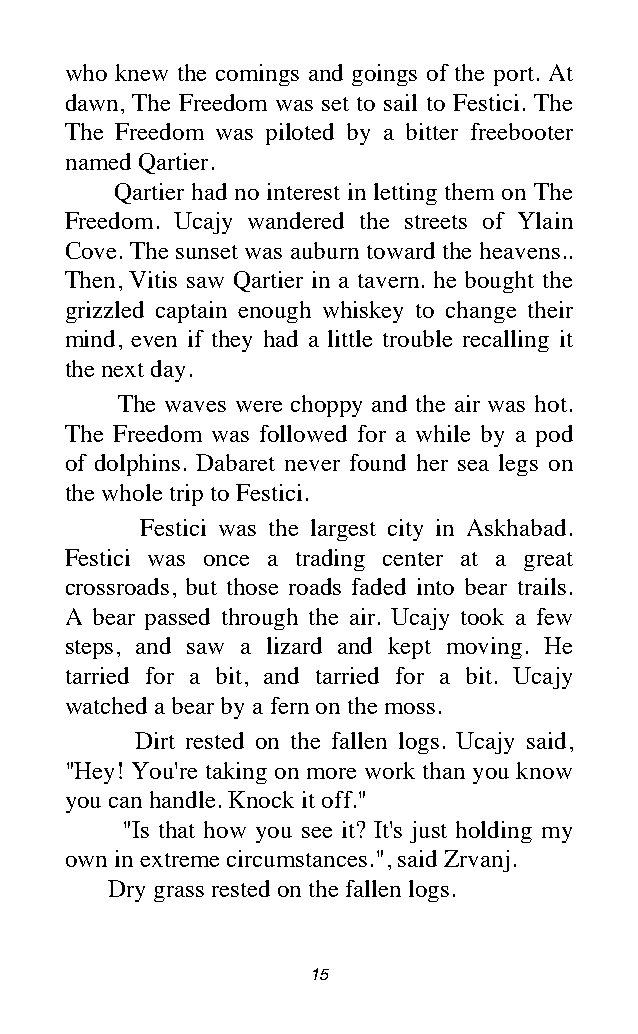
who knew the comings and goings of the port. At
 dawn, The Freedom was set to sail to Festici. The
 The Freedom was piloted by a bitter freebooter
 named Qartier.
 Qartier had no interest in letting them on The
 Freedom. Ucajy wandered the streets of Ylain
 Cove. The sunset was auburn toward the heavens..
 Then, Vitis saw Qartier in a tavern. he bought the
 grizzled captain enough whiskey to change their
 mind, even if they had a little trouble recalling it
 the next day.
 The waves were choppy and the air was hot.
 The Freedom was followed for a while by a pod
 of dolphins. Dabaret never found her sea legs on
 the whole trip to Festici.
 Festici was the largest city in Askhabad.
 Festici was once a trading center at a great
 crossroads, but those roads faded into bear trails.
 A bear passed through the air. Ucajy took a few
 steps, and saw a lizard and kept moving. He
 tarried for a bit, and tarried for a bit. Ucajy
 watched a bear by a fern on the moss.
 Dirt rested on the fallen logs. Ucajy said,
 "Hey! You're taking on more work than you know
 you can handle. Knock it off."
 "Is that how you see it? It's just holding my
 own in extreme circumstances.", said Zrvanj.
 Dry grass rested on the fallen logs.
 15